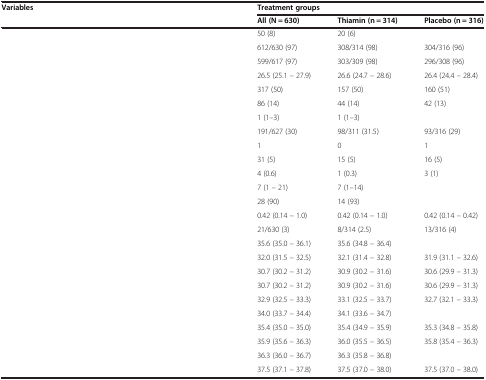
<table><thead><tr><td><b>Variables</b></td><td colspan="3"><b>Treatment groups</b></td></tr><tr><td>[EMPTY_CELL]</td><td><b>All (N = 630)</b></td><td><b>Thiamin (n = 314)</b></td><td><b>Placebo (n = 316)</b></td></tr></thead><tbody><tr><td>[EMPTY_CELL]</td><td>50 (8)</td><td>20 (6)</td><td>[EMPTY_CELL]</td></tr><tr><td>[EMPTY_CELL]</td><td>612/630 (97)</td><td>308/314 (98)</td><td>304/316 (96)</td></tr><tr><td>[EMPTY_CELL]</td><td>599/617 (97)</td><td>303/309 (98)</td><td>296/308 (96)</td></tr><tr><td>[EMPTY_CELL]</td><td>26.5 (25.1 – 27.9)</td><td>26.6 (24.7 – 28.6)</td><td>26.4 (24.4 – 28.4)</td></tr><tr><td>[EMPTY_CELL]</td><td>317 (50)</td><td>157 (50)</td><td>160 (51)</td></tr><tr><td>[EMPTY_CELL]</td><td>86 (14)</td><td>44 (14)</td><td>42 (13)</td></tr><tr><td>[EMPTY_CELL]</td><td>1 (1–3)</td><td>1 (1–3)</td><td>[EMPTY_CELL]</td></tr><tr><td>[EMPTY_CELL]</td><td>191/627 (30)</td><td>98/311 (31.5)</td><td>93/316 (29)</td></tr><tr><td>[EMPTY_CELL]</td><td>1</td><td>0</td><td>1</td></tr><tr><td>[EMPTY_CELL]</td><td>31 (5)</td><td>15 (5)</td><td>16 (5)</td></tr><tr><td>[EMPTY_CELL]</td><td>4 (0.6)</td><td>1 (0.3)</td><td>3 (1)</td></tr><tr><td>[EMPTY_CELL]</td><td>7 (1 – 21)</td><td>7 (1–14)</td><td>[EMPTY_CELL]</td></tr><tr><td>[EMPTY_CELL]</td><td>28 (90)</td><td>14 (93)</td><td>[EMPTY_CELL]</td></tr><tr><td>[EMPTY_CELL]</td><td>0.42 (0.14 – 1.0)</td><td>0.42 (0.14 – 1.0)</td><td>0.42 (0.14 – 0.42)</td></tr><tr><td>[EMPTY_CELL]</td><td>21/630 (3)</td><td>8/314 (2.5)</td><td>13/316 (4)</td></tr><tr><td>[EMPTY_CELL]</td><td>35.6 (35.0 – 36.1)</td><td>35.6 (34.8 – 36.4)</td><td>[EMPTY_CELL]</td></tr><tr><td>[EMPTY_CELL]</td><td>32.0 (31.5 – 32.5)</td><td>32.1 (31.4 – 32.8)</td><td>31.9 (31.1 – 32.6)</td></tr><tr><td>[EMPTY_CELL]</td><td>30.7 (30.2 – 31.2)</td><td>30.9 (30.2 – 31.6)</td><td>30.6 (29.9 – 31.3)</td></tr><tr><td>[EMPTY_CELL]</td><td>30.7 (30.2 – 31.2)</td><td>30.9 (30.2 – 31.6)</td><td>30.6 (29.9 – 31.3)</td></tr><tr><td>[EMPTY_CELL]</td><td>32.9 (32.5 – 33.3)</td><td>33.1 (32.5 – 33.7)</td><td>32.7 (32.1 – 33.3)</td></tr><tr><td>[EMPTY_CELL]</td><td>34.0 (33.7 – 34.4)</td><td>34.1 (33.6 – 34.7)</td><td>[EMPTY_CELL]</td></tr><tr><td>[EMPTY_CELL]</td><td>35.4 (35.0 – 35.0)</td><td>35.4 (34.9 – 35.9)</td><td>35.3 (34.8 – 35.8)</td></tr><tr><td>[EMPTY_CELL]</td><td>35.9 (35.6 – 36.3)</td><td>36.0 (35.5 – 36.5)</td><td>35.8 (35.4 – 36.3)</td></tr><tr><td>[EMPTY_CELL]</td><td>36.3 (36.0 – 36.7)</td><td>36.3 (35.8 – 36.8)</td><td>[EMPTY_CELL]</td></tr><tr><td>[EMPTY_CELL]</td><td>37.5 (37.1 – 37.8)</td><td>37.5 (37.0 – 38.0)</td><td>37.5 (37.0 – 38.0)</td></tr></tbody></table>